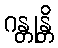
ဂန္တုန္တိ